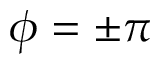
\phi = \pm \pi